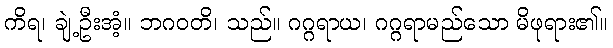
ကိရ၊ ချဲ့ဦးအံ့။ ဘဂဝတိ၊ သည်။ ဂဂ္ဂရာယ၊ ဂဂ္ဂရာမည်သော မိဖုရား၏။